Annual report on the working of the lock hospitals in the North-Western Provinces and Oudh
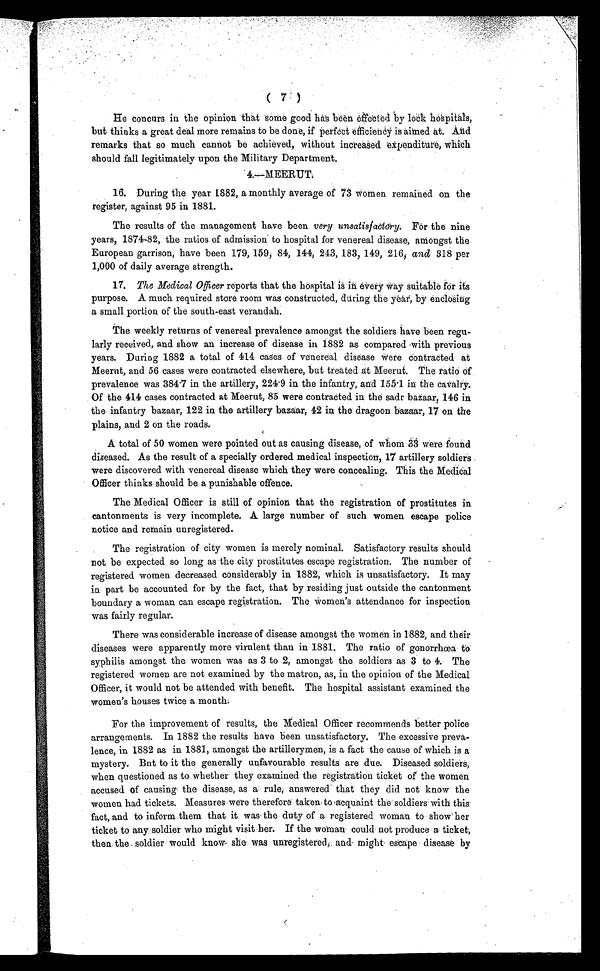
( 7 )
He concurs in the opinion that some good has been effected by lock hospitals,
but thinks a great deal more remains to be done; if perfect efficiency is aimed at. And
remarks that so much cannot be achieved, without increased expenditure, which
should fall legitimately upon the Military Department.
16. During the year 1882, a monthly average of 73 women remained on the
register, against 95 in 1881.
The results of the management have been very unsatisfactory;F o r t h e n i n e
years, 1874-82, the ratios of admission to hospital for venereal disease, amongst the
European garrison, have been 179, 159, 84, 144, 243, 183, 149, 216, and 318 per
1,000 of daily average strength.
17. The Medical Officer reports that the hospital is in every way Suitable for its
purpose. A much required store room was constructed, during the year, by enclosing
a small portion of the south-east verandah.
The weekly returns of venereal prevalence amongst the soldiers have been regu-
larly received, and show an increase of disease in 1882 as compared with previous
years. During 1882 a total of 414 cases of venereal disease were contracted at
Meerut, and 56 cases -were contracted elsewhere, but treated at Meerut. The ratio of
p r e v a l e n c e wa s 3 8 4 . 7 i n t h e a r t i l l e r y , 2 2 4 . 9 i n t h e i n f a n t r y , a n d 1 5 5 1 i n t h e c a v a l r y .
Of the 414 cases contracted at Meerut, 85 were contracted in the sadr bazaar, 146 in
the infantry bazaar, 122 in the artillery bazaar, 42 in the dragoon bazaar, 17 on the
plains, and 2 on the roads..
A total of 50 women were pointed out as causing disease, of whom 33 were found
diseased. As the result of a specially ordered medical inspection, 17 artillery soldiers
were discovered with venereal disease which they were concealing. This the Medical
Officer thinks, should be a punishable offence.
The Medical Officer is still of opinion that the registration of prostitutes in
cantonments is very incomplete. A large number of such women escape police
notice and remain unregistered.
The registration of city women is merely nominal. Satisfactory results should
not be expected so long as the city prostitutes escape registration. The number of
registered women decreased considerably in 1882, which is unsatisfactory. It may
in part be accounted for by the fact, that by residing just outside the cantonment
boundary a woman can escape registration. The women's attendance for inspection
was fairly regular.
There was considerable increase of disease amongst the women in 1882, and their
diseases were apparently more virulent than in 1881. The ratio of gonorrhœa to
syphilis amongst the women was as 3 to 2, amongst the soldiers as 3 to 4. The
registered women are not examined by the matron, as, in the opinion of the Medical
Officer, it would not be attended with benefit. The hospital assistant examined the
women's houses twice a month:
For the improvement of results, the Medical Officer recommends better police
arrangements. In 1882 the results have been unsatisfactory. The excessive preva-
lence, in 1882 as in 1881, amongst the artillerymen, is a fact the cause of which is a
mystery. But to it the generally unfavourable results are due. Diseased soldiers,
when questioned as to whether they examined the registration ticket of the women
accused of causing the disease, as a rule; answered that they did not know the
women had tickets. Measures were therefore taken to acquaint the soldiers with this.
fact, and to inform them that it was the duty of a. registered woman to show her
ticket to any soldier who might visit her. If the woman could not produce a ticket;
then the soldier would know she was unregistered, and might escape disease by